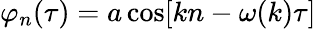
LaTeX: \begin{array}{r}{\varphi_{n}(\tau)=a\cos[kn-\omega(k)\tau]}\end{array}